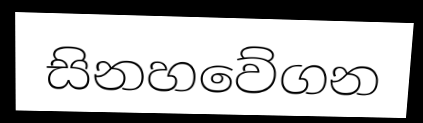
සිනහවේගන